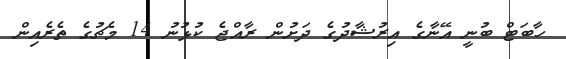
ހާބަޓް ބުނީ އޭނާގެ އިރުޝާދުގެ ދަށުން ރާއްޖެ ކުޅުނު 14 މެޗުގެ ތެރެއިން